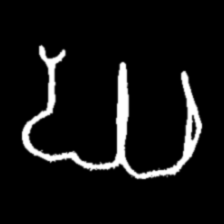
Pyu character \u2014 Myanmar letter: ဃ (romanized: gha)